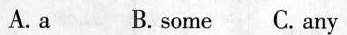
A.a B. some C.Any